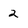
Character: 2